Annual report of the Punjab Veterinary College and of the Civil Veterinary Department, Punjab - 1920-1925
Year: 1920
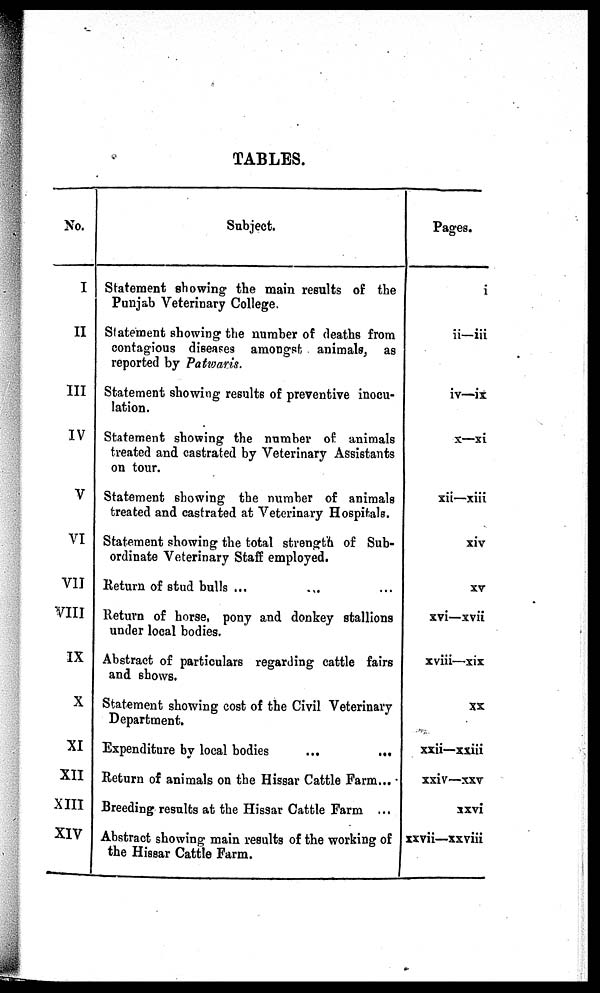
TABLES.
No.
I
II
III
IV
V
VI
VII
VIII
IX
X
XI
XII
XIII
XIV
Subject.
Statement showing the main results of the
Punjab Veterinary College.
Statement showing the number of deaths from
contagious diseases amongst animals, as
reported by Patwaris.
Statement showing results of preventive inocu-
lation.
Statement showing the number of animals
treated and castrated by Veterinary Assistants
on tour.
Statement showing the number of animals
treated and castrated at Veterinary Hospitals.
Statement showing the total strength of Sub-
ordinate Veterinary Staff employed.
Return of stud bulls ... ... ...
Return of horse, pony and donkey stallions
under local bodies.
Abstract of particulars regarding cattle fairs
and shows.
Statement showing cost of the Civil Veterinary
Department.
Expenditure by local bodies
...
...
Return of animals on the Hissar Cattle Farm...
Breeding results at the Hissar Cattle Farm ...
Abstract showing main results of the working of
the Hissar Cattle Farm.
Pages.
i
ii—iii
iv—ix
x—xi
xii—xiii
xiv
XV
xvi—xvii
xviii—xix
XX
xxii—xxiii
xxiv—xxv
xxvi
xxvii—xxviii